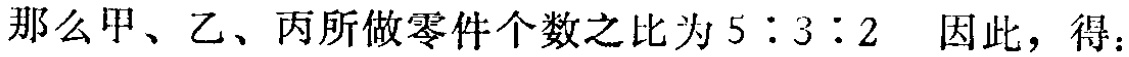
那么甲、乙、丙所做零件个数之比为 \(5:3:2\) 因此，得：